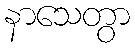
နာသေတွာ